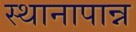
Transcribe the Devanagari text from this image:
स्थानापान्न